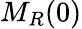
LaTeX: M_{R}(0)